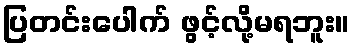
ပြတင်းပေါက် ဖွင့်လို့မရဘူး။